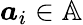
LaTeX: \boldsymbol{a}_{i}\in\mathbb{A}